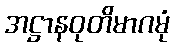
အဋ္ဌာနဝုတိမာဂမုံ